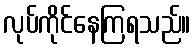
လုပ်ကိုင်နေကြရသည်။